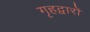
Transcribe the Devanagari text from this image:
गृहद्वारों